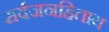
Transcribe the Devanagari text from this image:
सर्वजनहिताय